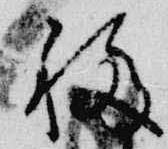
移